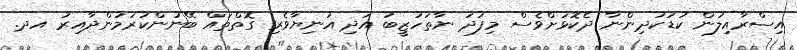
އިސްރާއިލުން ކުޑަކުދިންނާ ދެކޮޅަށްވެސް މިފަދަ ނާތަހުޒީބު އަދި އަނިޔާވެރި ގޮތްތައް ބޭނުންކުރަމުންދާއިރު އދ.